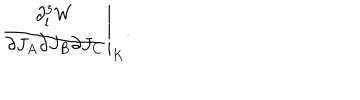
LaTeX: \left. { \frac { \partial _ { l } ^ { 3 } W } { \partial J _ { A } \partial J _ { B } \partial J _ { C } } } \right| _ { K } .